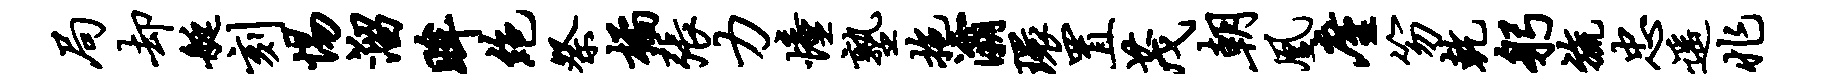
局却艇刻惕溜眸绝祭橘张力憧塾拖灞环置茂朝凰廑笏乾躬旒忠遥兆